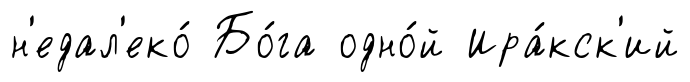
н'едал'еко́ Бо́га одно́й Ира́кск'ий